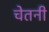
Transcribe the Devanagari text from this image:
चेतनी